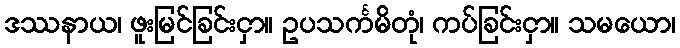
ဒဿနာယ၊ ဖူးမြင်ခြင်းငှာ။ ဥပသင်္ကမိတုံ၊ ကပ်ခြင်းငှာ။ သမယော၊